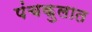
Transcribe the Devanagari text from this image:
पंचकुलात